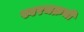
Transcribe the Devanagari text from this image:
स्वरचक्रची